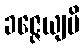
ခဇ္ဇေယျပိ